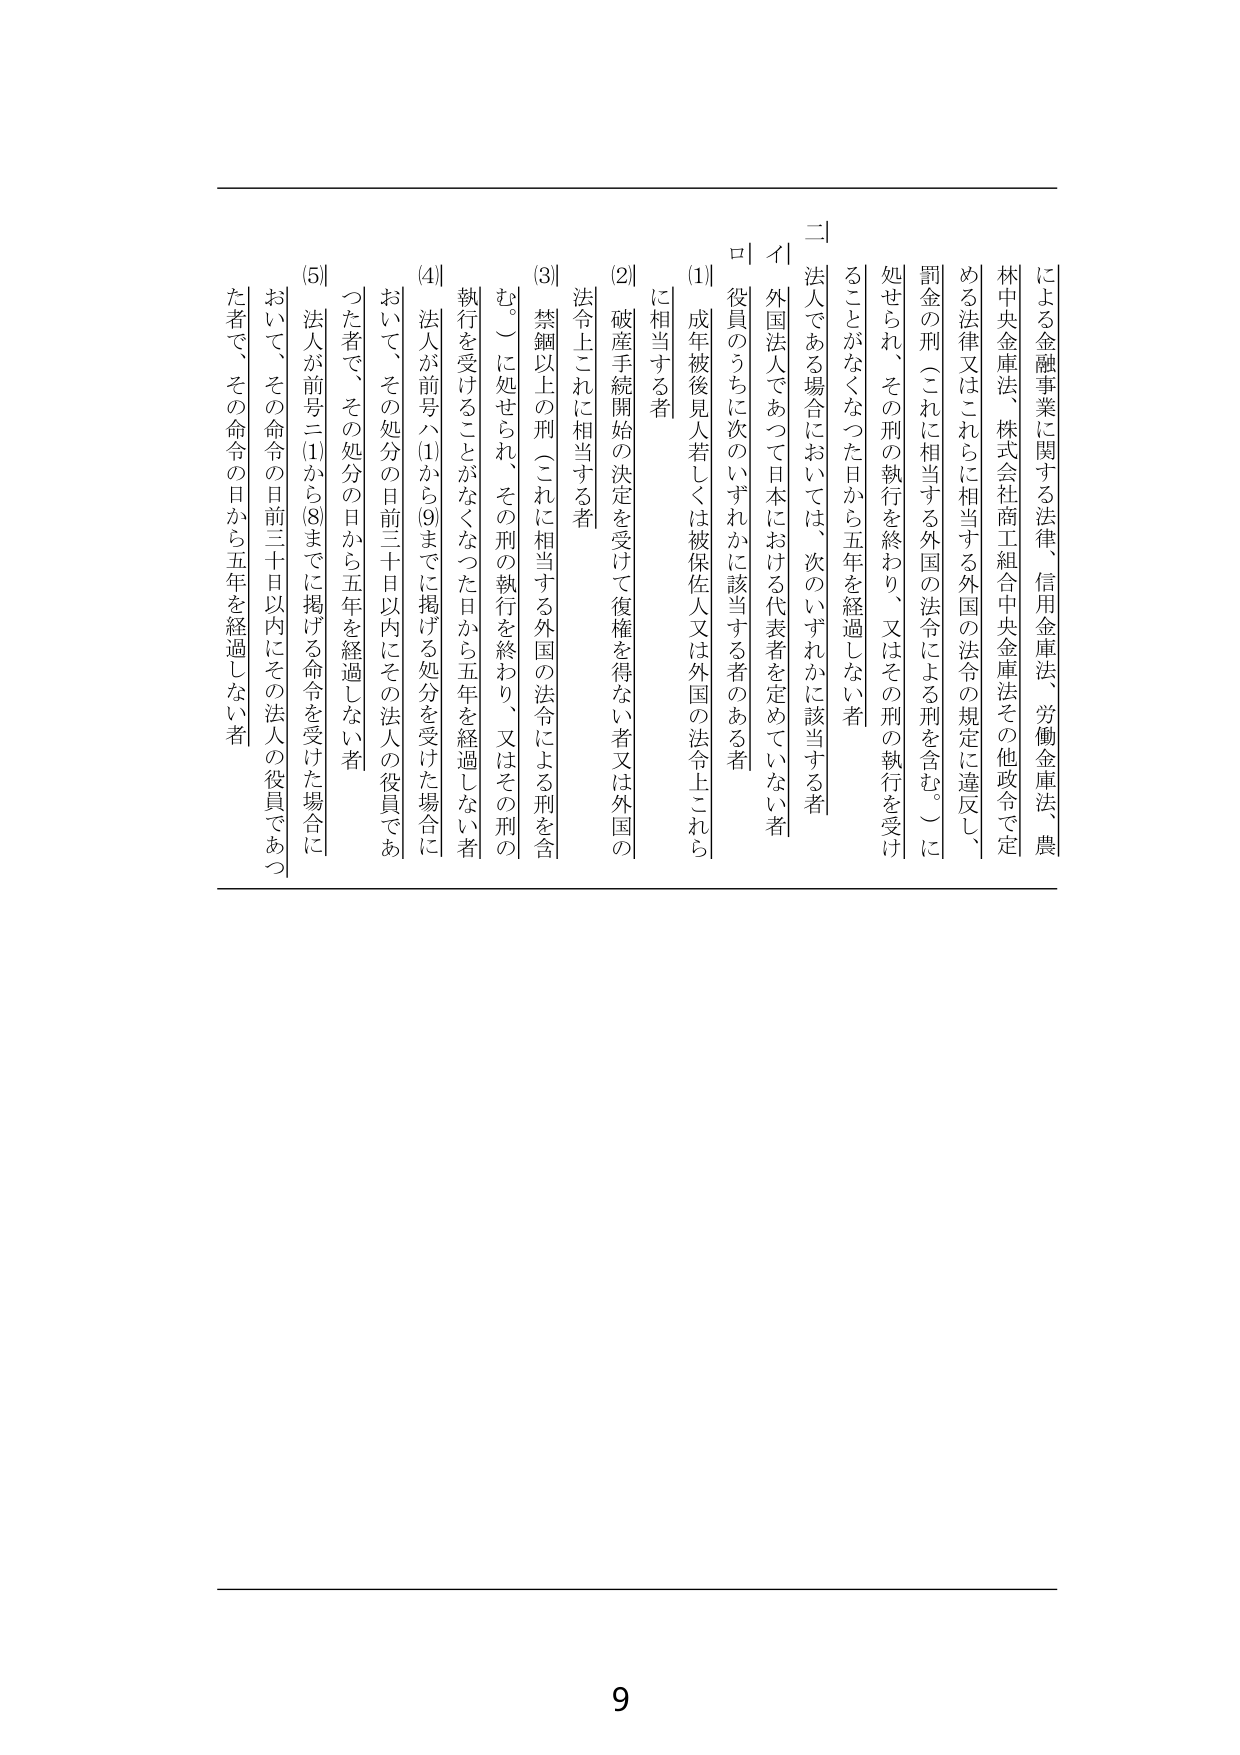
による金融事業に関する法律、信用金庫法、労働金庫法、農林中央金庫法、株式会社商工組合中央金庫法その他政令で定める法律又はこれらに相当する外国の法令の規定に違反し、罰金の刑（これに相当する外国の法令による刑を含む。）に処せられ、その刑の執行を終わり、又はその刑の執行を受けることがなくなった日から五年を経過しない者

二
イ 外国法人であつて日本における代表者を定めていない者
ロ 役員のうちに次のいずれかに該当する者のある者
(1) 成年被後見人若しくは被保佐人又は外国の法令上これらに相当する者
(2) 破産手続開始の決定を受けて復権を得ない者又は外国の法令上これに相当する者
(3) 禁錮以上の刑（これに相当する外国の法令による刑を含む。）に処せられ、その刑の執行を終わり、又はその刑の執行を受けることがなくなった日から五年を経過しない者
(4) 法人が前号(1)から(9)までに掲げる処分を受けた場合において、その処分の日前三十日以内にその法人の役員であった者で、その処分の日から五年を経過しない者
(5) 法人が前号(1)から(8)までに掲げる命令を受けた場合において、その命令の日前三十日以内にその法人の役員であった者で、その命令の日から五年を経過しない者

9